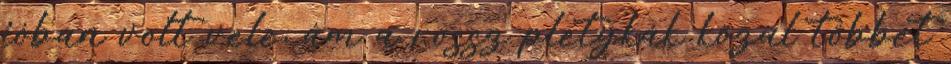
jóban volt vele, ám a rossz pletykák közül többet